Indian journal of veterinary science and animal husbandry - Volume 3,
Year: 1933
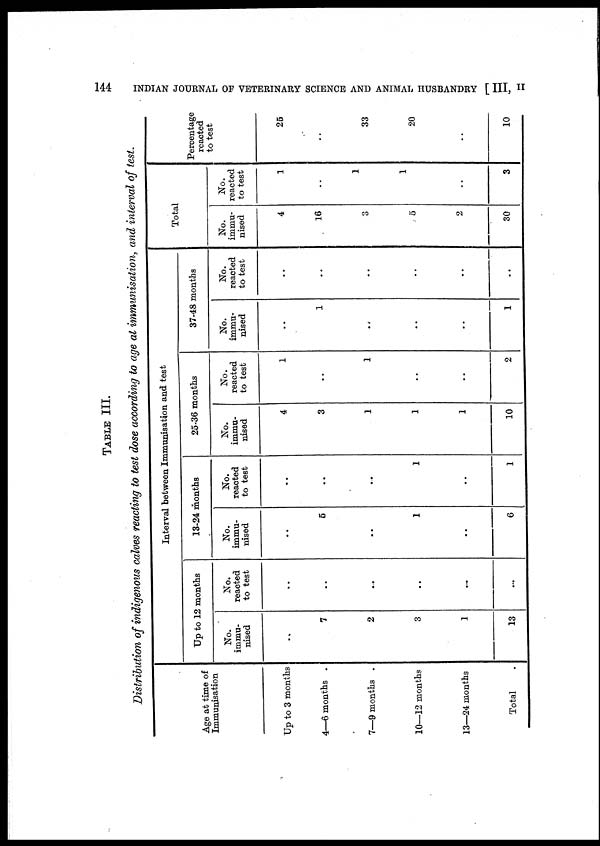
144
INDIAN JOURNAL OF VETERINARY SCIENCE AND ANIMAL HUSBANDRY [ III, II
TABLE III.
Distribution of indigenous calves reacting to test dose according to age at immunisation, and interval of test.
Age at time of
Immunisation
Up to 3 months
4—6 months .
7—9 months .
10—12 months
13—24 months
Total .
Interval between Immunisation and test
Up to 12 months
No.
immu-
nised
..
7
2
3
1
13
No.
reacted
to test
..
..
..
..
..
..
13-24 months
No.
immu-
nised
..
5
..
1
..
6
No.
reacted
to test
..
..
..
1
..
1
25-36 months
No.
immu-
nised
4
3
1
1
1
10
No.
reacted
to test
1
..
1
..
..
2
37-48 months
No.
immu-
nised
..
1
..
..
..
1
No.
reacted
to test
..
..
..
..
..
..
Total
No.
immu-
nised
4
16
3
5
2
30
No.
reacted
to test
1
..
1
1
..
3
Percentage
reacted
to test
25
..
33
20
..
10